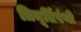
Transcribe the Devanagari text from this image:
त्रिमूर्तिपंथी